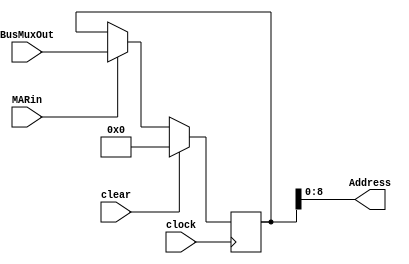
module MAR(input clock, input clear, input MARin, input [31:0] BusMuxOut, output [8:0] Address);

reg [31:0] q; 
	// Behavioral section for writing to the register 
	always @ ( posedge clock) 
		begin
			if(clear) begin
				q <= 32'b0;
			end
			else if(MARin) begin 
				q <= BusMuxOut;
			end
		end	
	 
	assign Address = q[8:0];	
			
endmodule